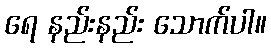
ရေ နည်းနည်း သောက်ပါ။